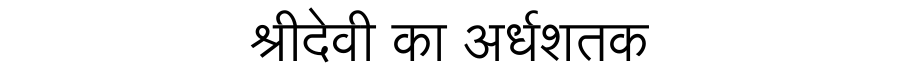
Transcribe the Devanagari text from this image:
श्रीदेवी का अर्धशतक